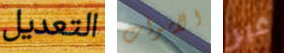
التعديل الاموات غير